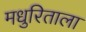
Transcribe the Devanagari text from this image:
मधुरिताला